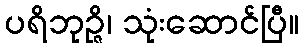
ပရိဘုဉ္ဇိ၊ သုံးဆောင်ပြီ။